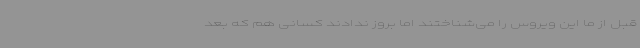
قبل از ما این ویروس را می‌شناختند اما بروز ندادند کسانی هم که بعد